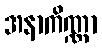
အနာကိဏ္ဏာ